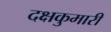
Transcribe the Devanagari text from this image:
दक्षकुमारी